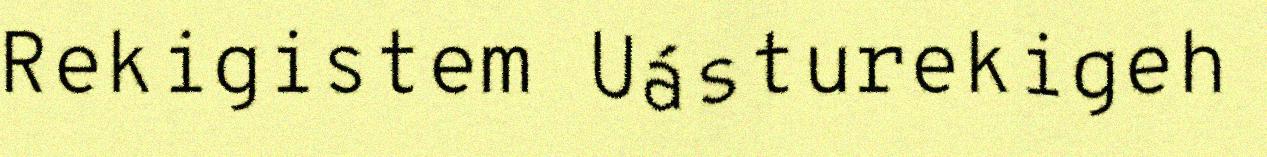
Rekigistem Uásturekigeh